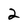
Character: 2